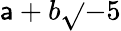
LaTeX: \mathsf{a}+b{\sqrt{}{{-5}}}